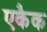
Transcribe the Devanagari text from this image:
एकैक